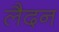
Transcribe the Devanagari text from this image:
लैदन